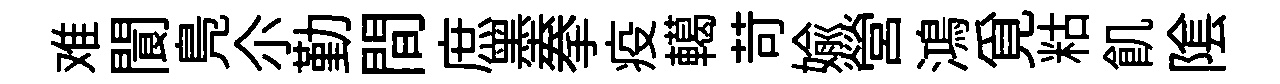
难閬鳬尒勤間庶墨拳疫轕苛媮營鴻覓䊀飢隂